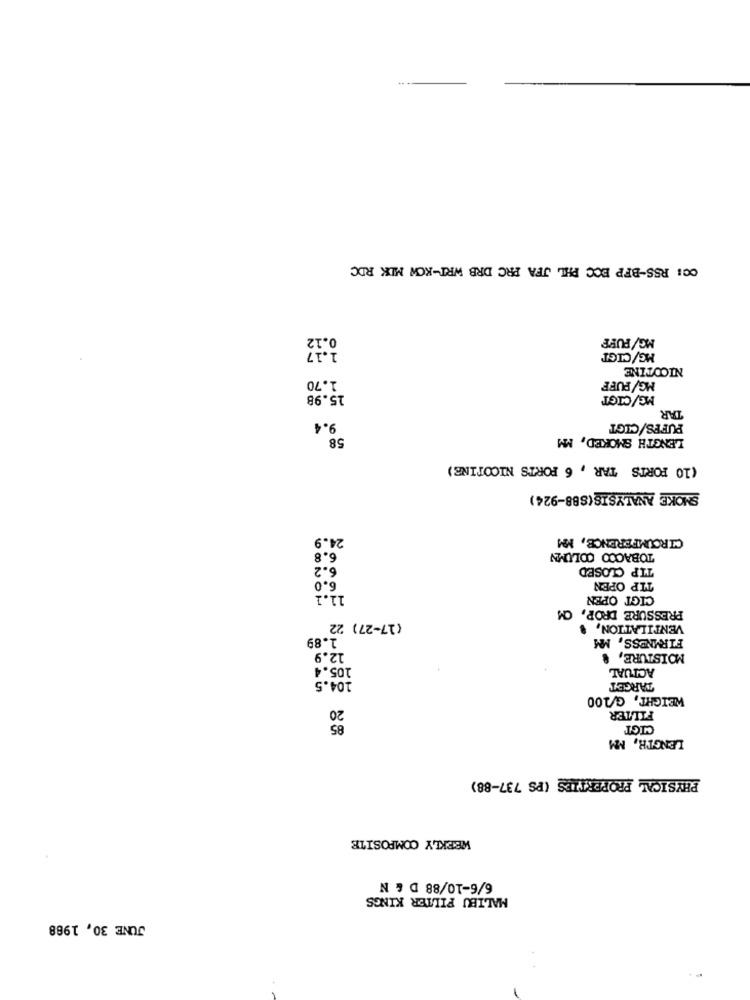
CC: RSS-BFP ECC PHL JFA PRC DRB WRI-KOW MIK RDC
MG/FUFF
1.17
MG/CIGT
NICOTINE
1.70
MG/PUFF
15.98
MG/CIGT
TAR
9.4
PUFFS/CIGT
58
LENGTH SMOKED, MM
(10 FORTS TAR , 6 FORTS NICOTINE)
SMOKE ANALYSIS(SB8-924)
24.9
CIRCUMFERENCE, MM
6.8
TOBACCO COLUMN
6.2
TIP CLOSED
6.0
TIP OPEN
11.1
CIGT OPEN
PRESSURE DROP, CM
(17-27) 22
VENTILATION,
1.89
FIRMNESS, MM
12.9
MOISTURE, &
105.4
ACTUAL
104.5
TARGET
WEIGHT, G/200
20
FILTER
85
CIGT
LENGTH, MM
PHYSICAL PROPERTIES (PS 737-88)
WEEKLY COMPOSITE
6/6-10/88 D & N
MALIBU FILTER KINGS
JUNE 30, 1968